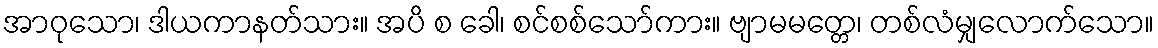
အာဝုသော၊ ဒါယကာနတ်သား။ အပိ စ ခေါ၊ စင်စစ်သော်ကား။ ဗျာမမတ္တေ၊ တစ်လံမျှလောက်သော။